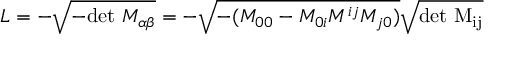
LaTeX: { \cal L } = - \sqrt { - \mathrm { d e t } ~ M _ { \alpha \beta } } = - \sqrt { - ( M _ { 0 0 } - M _ { 0 i } M ^ { i j } M _ { j 0 } ) } \sqrt \mathrm { { d e t } ~ M _ { i j } }